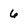
Character: 6